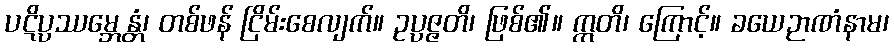
ပဋိပ္ပဿမ္ဘေန္တံ၊ တစ်ဖန် ငြိမ်းစေလျက်။ ဥပ္ပဇ္ဇတိ၊ ဖြစ်၏။ ဣတိ၊ ကြောင့်။ ခယေဉာဏံနာမ၊